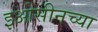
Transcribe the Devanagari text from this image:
इओसीनच्या